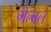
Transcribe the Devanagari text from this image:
गेल्वल